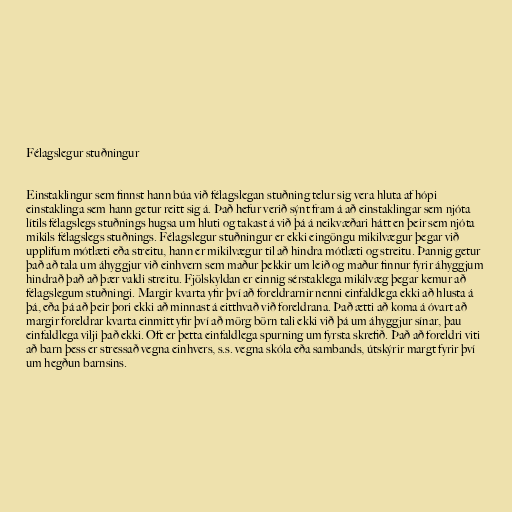
Félagslegur stuðningur

Einstaklingur sem finnst hann búa við félagslegan stuðning telur sig vera hluta af hópi
einstaklinga sem hann getur reitt sig á. Það hefur verið sýnt fram á að einstaklingar sem njóta
lítils félagslegs stuðnings hugsa um hluti og takast á við þá á neikvæðari hátt en þeir sem njóta
mikils félagslegs stuðnings. Félagslegur stuðningur er ekki eingöngu mikilvægur þegar við
upplifum mótlæti eða streitu, hann er mikilvægur til að hindra mótlæti og streitu. Þannig getur
það að tala um áhyggjur við einhvern sem maður þekkir um leið og maður finnur fyrir áhyggjum
hindrað það að þær valdi streitu. Fjölskyldan er einnig sérstaklega mikilvæg þegar kemur að
félagslegum stuðningi. Margir kvarta yfir því að foreldrarnir nenni einfaldlega ekki að hlusta á
þá, eða þá að þeir þori ekki að minnast á eitthvað við foreldrana. Það ætti að koma á óvart að
margir foreldrar kvarta einmitt yfir því að mörg börn tali ekki við þá um áhyggjur sínar, þau
einfaldlega vilji það ekki. Oft er þetta einfaldlega spurning um fyrsta skrefið. Það að foreldri viti
að barn þess er stressað vegna einhvers, s.s. vegna skóla eða sambands, útskýrir margt fyrir því
um hegðun barnsins.